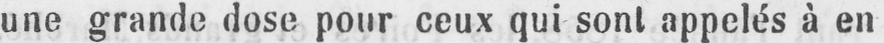
une grande dose pour ceux qui sont appelés à en